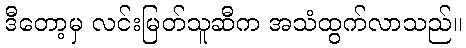
ဒီတော့မှ လင်းမြတ်သူဆီက အသံထွက်လာသည်။